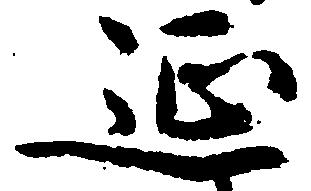
延